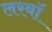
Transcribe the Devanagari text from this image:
लरबॉ